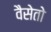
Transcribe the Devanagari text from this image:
वैसेतो